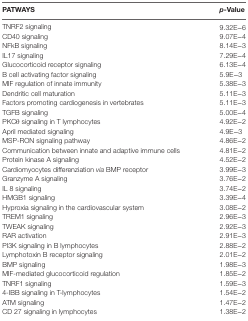
<table><thead><tr><td><b>PATWAYS</b></td><td><b><i>p</i>-Value</b></td></tr></thead><tbody><tr><td>TNRF2 signaling</td><td>9.32E−6</td></tr><tr><td>CD40 signaling</td><td>9.07E−4</td></tr><tr><td>NFkB signaling</td><td>8.14E−3</td></tr><tr><td>IL17 signaling</td><td>7.29E−4</td></tr><tr><td>Glucocorticoid receptor signaling</td><td>6.13E−4</td></tr><tr><td>B cell activating factor signaling</td><td>5.9E−3</td></tr><tr><td>MIF regulation of innate immunity</td><td>5.38E−3</td></tr><tr><td>Dendritic cell maturation</td><td>5.11E−3</td></tr><tr><td>Factors promoting cardiogenesis in vertebrates</td><td>5.11E−3</td></tr><tr><td>TGFB signaling</td><td>5.00E−4</td></tr><tr><td>PKCθ signaling in T lymphocytes</td><td>4.92E−2</td></tr><tr><td>April mediated signaling</td><td>4.9E−3</td></tr><tr><td>MSP-RON signaling pathway</td><td>4.86E−2</td></tr><tr><td>Communication between innate and adaptive immune cells</td><td>4.81E−2</td></tr><tr><td>Protein kinase A signaling</td><td>4.52E−2</td></tr><tr><td>Cardiomyocytes differenziation <i>via</i> BMP receptor</td><td>3.99E−3</td></tr><tr><td>Granzyme A signaling</td><td>3.76E−2</td></tr><tr><td>IL 8 signaling</td><td>3.74E−2</td></tr><tr><td>HMGB1 signaling</td><td>3.39E−4</td></tr><tr><td>Hyproxia signaling in the cardiovascular system</td><td>3.08E−2</td></tr><tr><td>TREM1 signaling</td><td>2.96E−3</td></tr><tr><td>TWEAK signaling</td><td>2.92E−3</td></tr><tr><td>RAR activation</td><td>2.91E−3</td></tr><tr><td>PI3K signaling in B lymphocytes</td><td>2.88E−2</td></tr><tr><td>Lymphotoxin B receptor signaling</td><td>2.01E−2</td></tr><tr><td>BMP signaling</td><td>1.98E−3</td></tr><tr><td>MIF-mediated glucocorticoid regulation</td><td>1.85E−2</td></tr><tr><td>TNRF1 signaling</td><td>1.59E−3</td></tr><tr><td>4-IBB signaling in T-lymphocytes</td><td>1.54E−2</td></tr><tr><td>ATM signaling</td><td>1.47E−2</td></tr><tr><td>CD 27 signaling in lymphocytes</td><td>1.38E−2</td></tr></tbody></table>